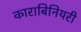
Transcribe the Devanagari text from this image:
काराबिनियरी